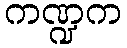
ကဏ္ဍက